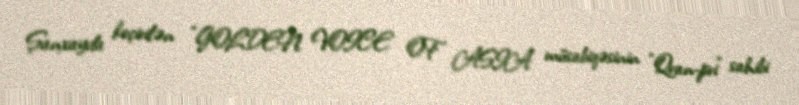
Şanxayda keçirilən "GOLDEN VOICE OF ASIA" müsabiqəsinin "Qran-pri" sahibi